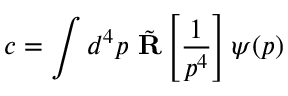
c = \int d ^ { 4 } p \, \, { \tilde { \bf R } } \left[ { \frac { 1 } { p ^ { 4 } } } \right] \psi ( p )